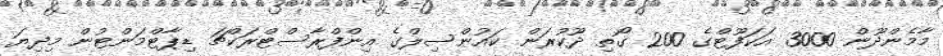
މާމެންދޫން 3000 އަކަފޫޓްގެ 200 ގޯތި ދޫކުރަން ކައުންސިލްގެ އިންފްރާސްޓްރަކްޗަ ޑިޕާޓްމަންޓުން މިދިޔަ